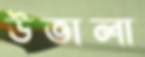
উতালা